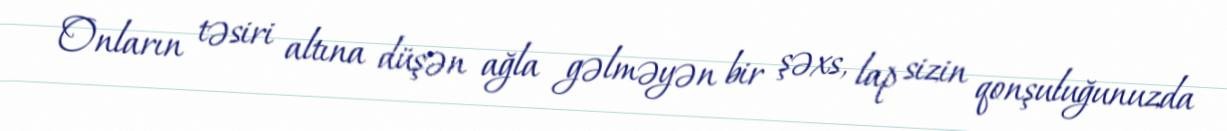
Onların təsiri altına düşən ağla gəlməyən bir şəxs, lap sizin qonşuluğunuzda